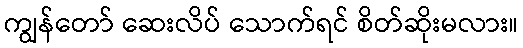
ကျွန်တော် ဆေးလိပ် သောက်ရင် စိတ်ဆိုးမလား။